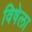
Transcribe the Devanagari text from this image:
विषेला